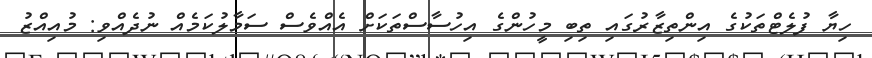
ހިޔާ ފުލެޓްތަކުގެ އިންތިޒާރުގައި ތިބި މީހުންގެ އިހުސާސްތަކަށް އެއްވެސް ސަމާލުކަމެއް ނުދެއްވި: މުއިއްޒު